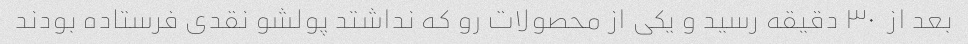
بعد از  ٣٠ دقیقه رسید و یکی از محصولات رو که نداشتد پولشو نقدی فرستاده بودند